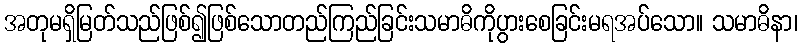
အတုမရှိမြတ်သည်ဖြစ်၍ဖြစ်သောတည်ကြည်ခြင်းသမာဓိကိုပွားစေခြင်းမရအပ်သော။ သမာဓိနာ၊